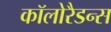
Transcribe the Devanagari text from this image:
कॉलोरैडन्स